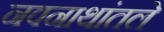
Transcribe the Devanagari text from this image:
नवनाथांतले